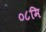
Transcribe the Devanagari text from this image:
०८मि